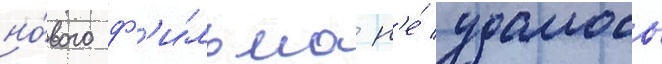
но́вого ф'и́льма н'е́ удалось